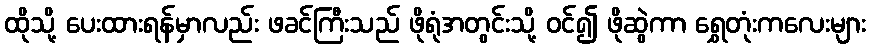
ထိုသို့ ပေးထားရန်မှာလည်း ဖခင်ကြီးသည် ဖိုရုံအတွင်းသို့ ဝင်၍ ဖိုဆွဲကာ ရွှေတုံးကလေးများ